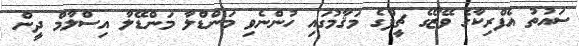
ސައުތު އެފްރިކާގެ ވޭޒޯގެ ޗީފްގެ މަޤާމުގައި ހުންނެވި މަންޑްލާ މަންޑޭލާ އިސްލާމް ދީން